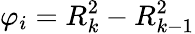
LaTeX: \varphi_{i}=R_{k}^{2}-R_{k-1}^{2}